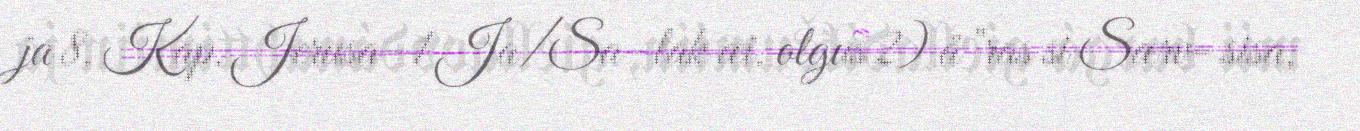
ja 8. Kap. Jerusa- 1 Ja/Sa- lak æi. olgus 2) å "ras si Særv= sisa,